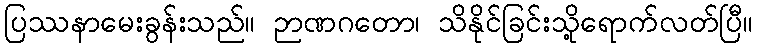
ပြဿနာမေးခွန်းသည်။ ဉာဏဂတော၊ သိနိုင်ခြင်းသို့ရောက်လတ်ပြီ။